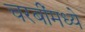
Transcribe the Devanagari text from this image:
चरबींमध्ये